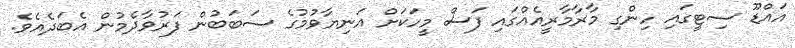
އައްޑޫ ސިޓީގައި ހިންގި މާރާމާރީއެއްގައި ފަސް މީހަކަށް އަނިޔާވުމުގެ ސަބަބުން ފަރުވާދެމުން އެބަދެއެވެ.